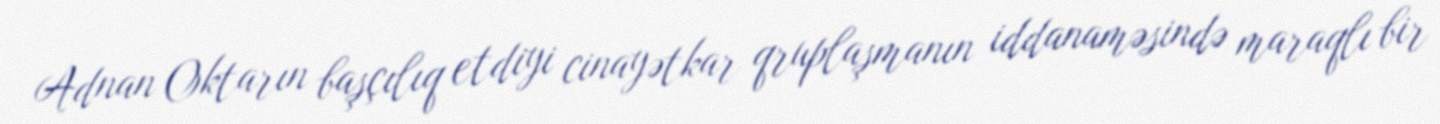
Adnan Oktarın başçılıq etdiyi cinayətkar qruplaşmanın iddanaməsində maraqlı bir